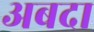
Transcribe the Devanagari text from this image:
अबदा